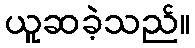
ယူဆခဲ့သည်။